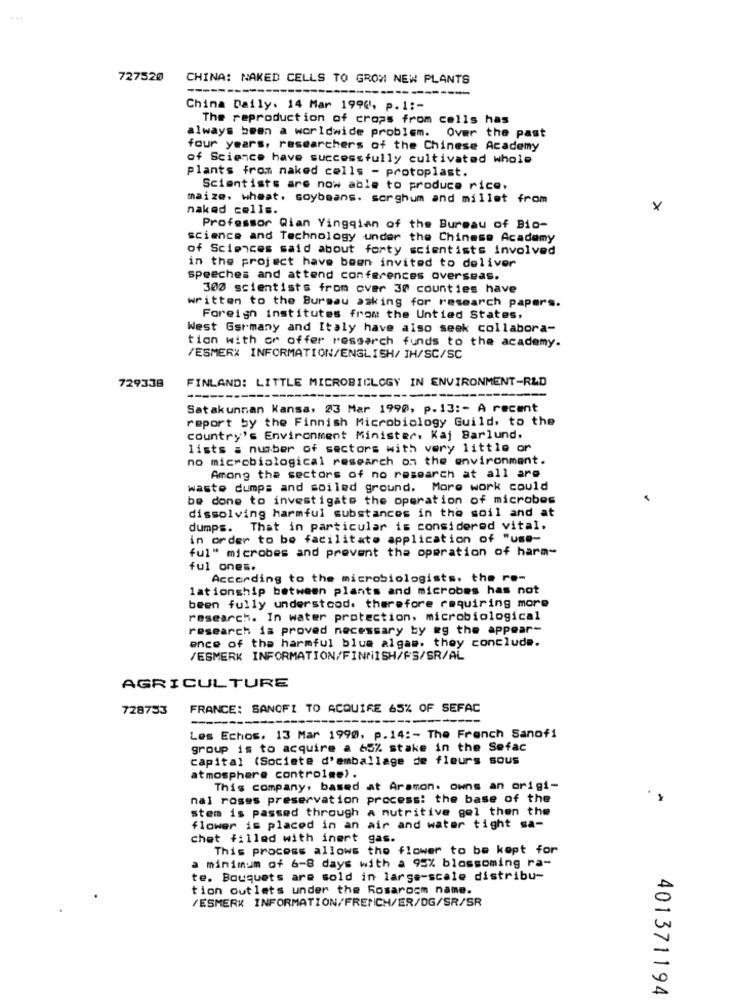
727520
CHINA: NAKED CELLS TO GROW NEW PLANTS
---
China Daily. 14 Mar 1990', p. 1 :-
The reproduction of crops from cells has
always been a worldwide problem. Over the past
four years, researchers of the Chinese Academy
of Science have successfully cultivated whole
plants from naked cells - protoplast.
Scientists are now able to produce rice,
maize. wheat, soybeans. sorghum and millet from
naked cells.
×
Professor Qian Yingqian of the Bureau of Bio-
science and Technology under the Chinese Academy
of Sciences said about forty scientists involved
in the project have been invited to deliver
speeches and attend conferences overseas.
300 scientists from over 30 counties have
written to the Burgau asking for research papers.
Foreign institutes from the Untied States,
West Germany and Italy have also seek collabora-
tion with or offer ressarch funds to the academy.
VESMER INFORMATION/ENGLISH/ IH/SC/SC
FINLAND: LITTLE MICROBIOLOGY IN ENVIRONMENT-R&D
729338
---
Satakunnan Kansa, 23 Mar 1990, p.13 :- A recent
report by the Finnish Microbiology Guild, to the
country's Environment Minister, Kaj Barlund.
lists a number of sectors with very little or
no microbialogical research on the environment.
Among the sectors of no research at all are
waste dumps and soiled ground. More work could
be done to investigate the operation of microbes
dissolving harmful substances in the soil and at
dumps. That in particular is considered vital.
in order to be facilitate application of "use-
ful" microbes and prevent the operation of harm-
ful ones.
According to the microbiologists, the re-
lationship between plants and microbes has not
been fully understood. therefore requiring more
research. In water protection, microbiological
research is proved necessary by æg the appear-
ence of the harmful blue algam. they conclude.
VESMERK INFORMATION/FINNISH/FS/SR/AL
AGRICULTURE
728733
FRANCE: SANOFI TO ACQUIRE 65% OF SEFAC
-
Les Echos. 13 Mar 1990. p.14 :- The French Sanofi
group is to acquire a 65% stake in the Sefac
capital (Societe d'emballage de fleurs sous
atmosphere controlme).
This company. based at Aramon. owns an origi-
nal roses preservation process: the base of the
stem is passed through a nutritive gel then the
flower is placed in an air and water tight sa-
chat filled with inert gas.
This process allows the flower to be kept for
a minimum of 6-8 days with a 95% blossoming ra-
te. Bouquets are sold in large-scale distribu-
tion outlets under the Rosaroom name.
/ESMERK INFORMATION/FRENCH/ER/DG/SR/SR
401371194